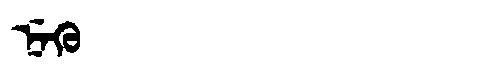
Manchu: ᠨᡝᡴᡠ
Romanization: NEKU